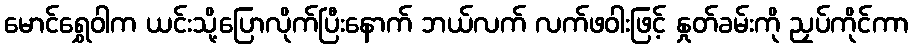
မောင်ရွှေဝါက ယင်းသို့ပြောလိုက်ပြီးနောက် ဘယ်လက် လက်ဖဝါးဖြင့် နှုတ်ခမ်းကို ညှပ်ကိုင်ကာ